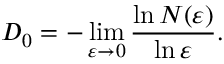
D _ { 0 } = - \operatorname* { l i m } _ { \varepsilon \to 0 } \frac { \ln { N ( \varepsilon ) } } { \ln { \varepsilon } } .